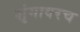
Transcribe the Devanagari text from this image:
शृंगावरच